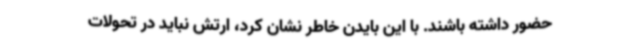
حضور داشته باشند. با این بایدن خاطر نشان کرد، ارتش نباید در تحولات